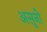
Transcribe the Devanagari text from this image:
असुनी